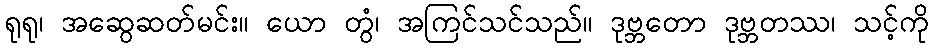
ရုရု၊ အဆွေဆတ်မင်း။ ယော တွံ၊ အကြင်သင်သည်။ ဒုဗ္ဘတော ဒုဗ္ဘတဿ၊ သင့်ကို